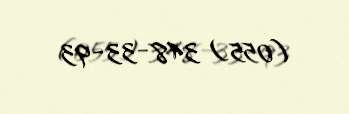
(055) 348-33-93